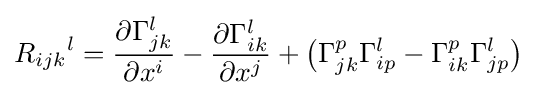
{R_{ijk}}^{l}={\frac {\partial \Gamma _{jk}^{l}}{\partial x^{i}}}-{\frac {\partial \Gamma _{ik}^{l}}{\partial x^{j}}}+{\big (}\Gamma _{jk}^{p}\Gamma _{ip}^{l}-\Gamma _{ik}^{p}\Gamma _{jp}^{l}{\big )}